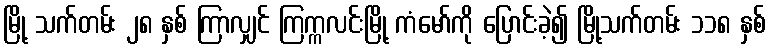
မြို့ သက်တမ်း ၂၈ နှစ် ကြာလျှင် ကြက္ကလင်းမြို့ ကံမော်ကို ပြောင်းခဲ့၍ မြို့သက်တမ်း ၁၁၈ နှစ်